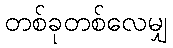
တစ်ခုတစ်လေမျှ